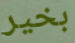
بخير